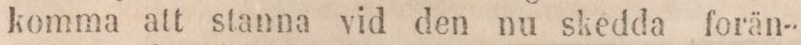
komma att stanna vid den nu skedda forän-